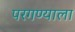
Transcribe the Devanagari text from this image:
परगण्याला